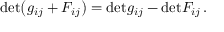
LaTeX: \mathrm { d e t } \bigl ( g _ { i j } + { \cal F } _ { i j } \bigr ) = \mathrm { d e t } g _ { i j } - \mathrm { d e t } { \cal F } _ { i j } \, .